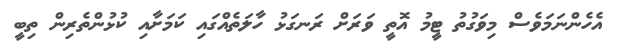
އެހެންނަމަވެސް މިވަގުތު ޓީމު އޮތީ ވަރަށް ރަނގަޅު ހާލަތެއްގައި ކަމަށާއި ކުޅުންތެރިން ތިބީ